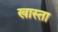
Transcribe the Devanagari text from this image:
खास्ता